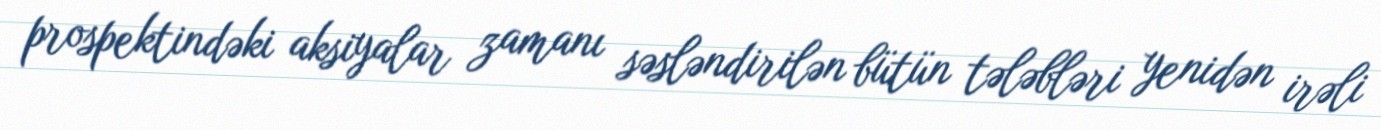
prospektindəki aksiyalar zamanı səsləndirilən bütün tələbləri yenidən irəli